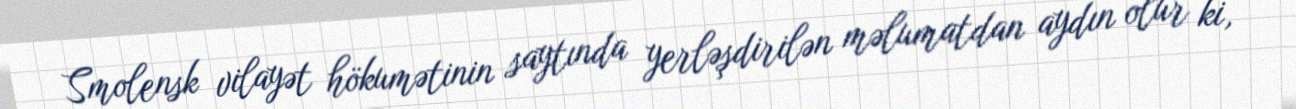
Smolensk vilayət hökumətinin saytında yerləşdirilən məlumatdan aydın olur ki,